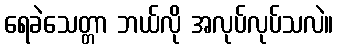
ရေခဲသေတ္တာ ဘယ်လို အလုပ်လုပ်သလဲ။